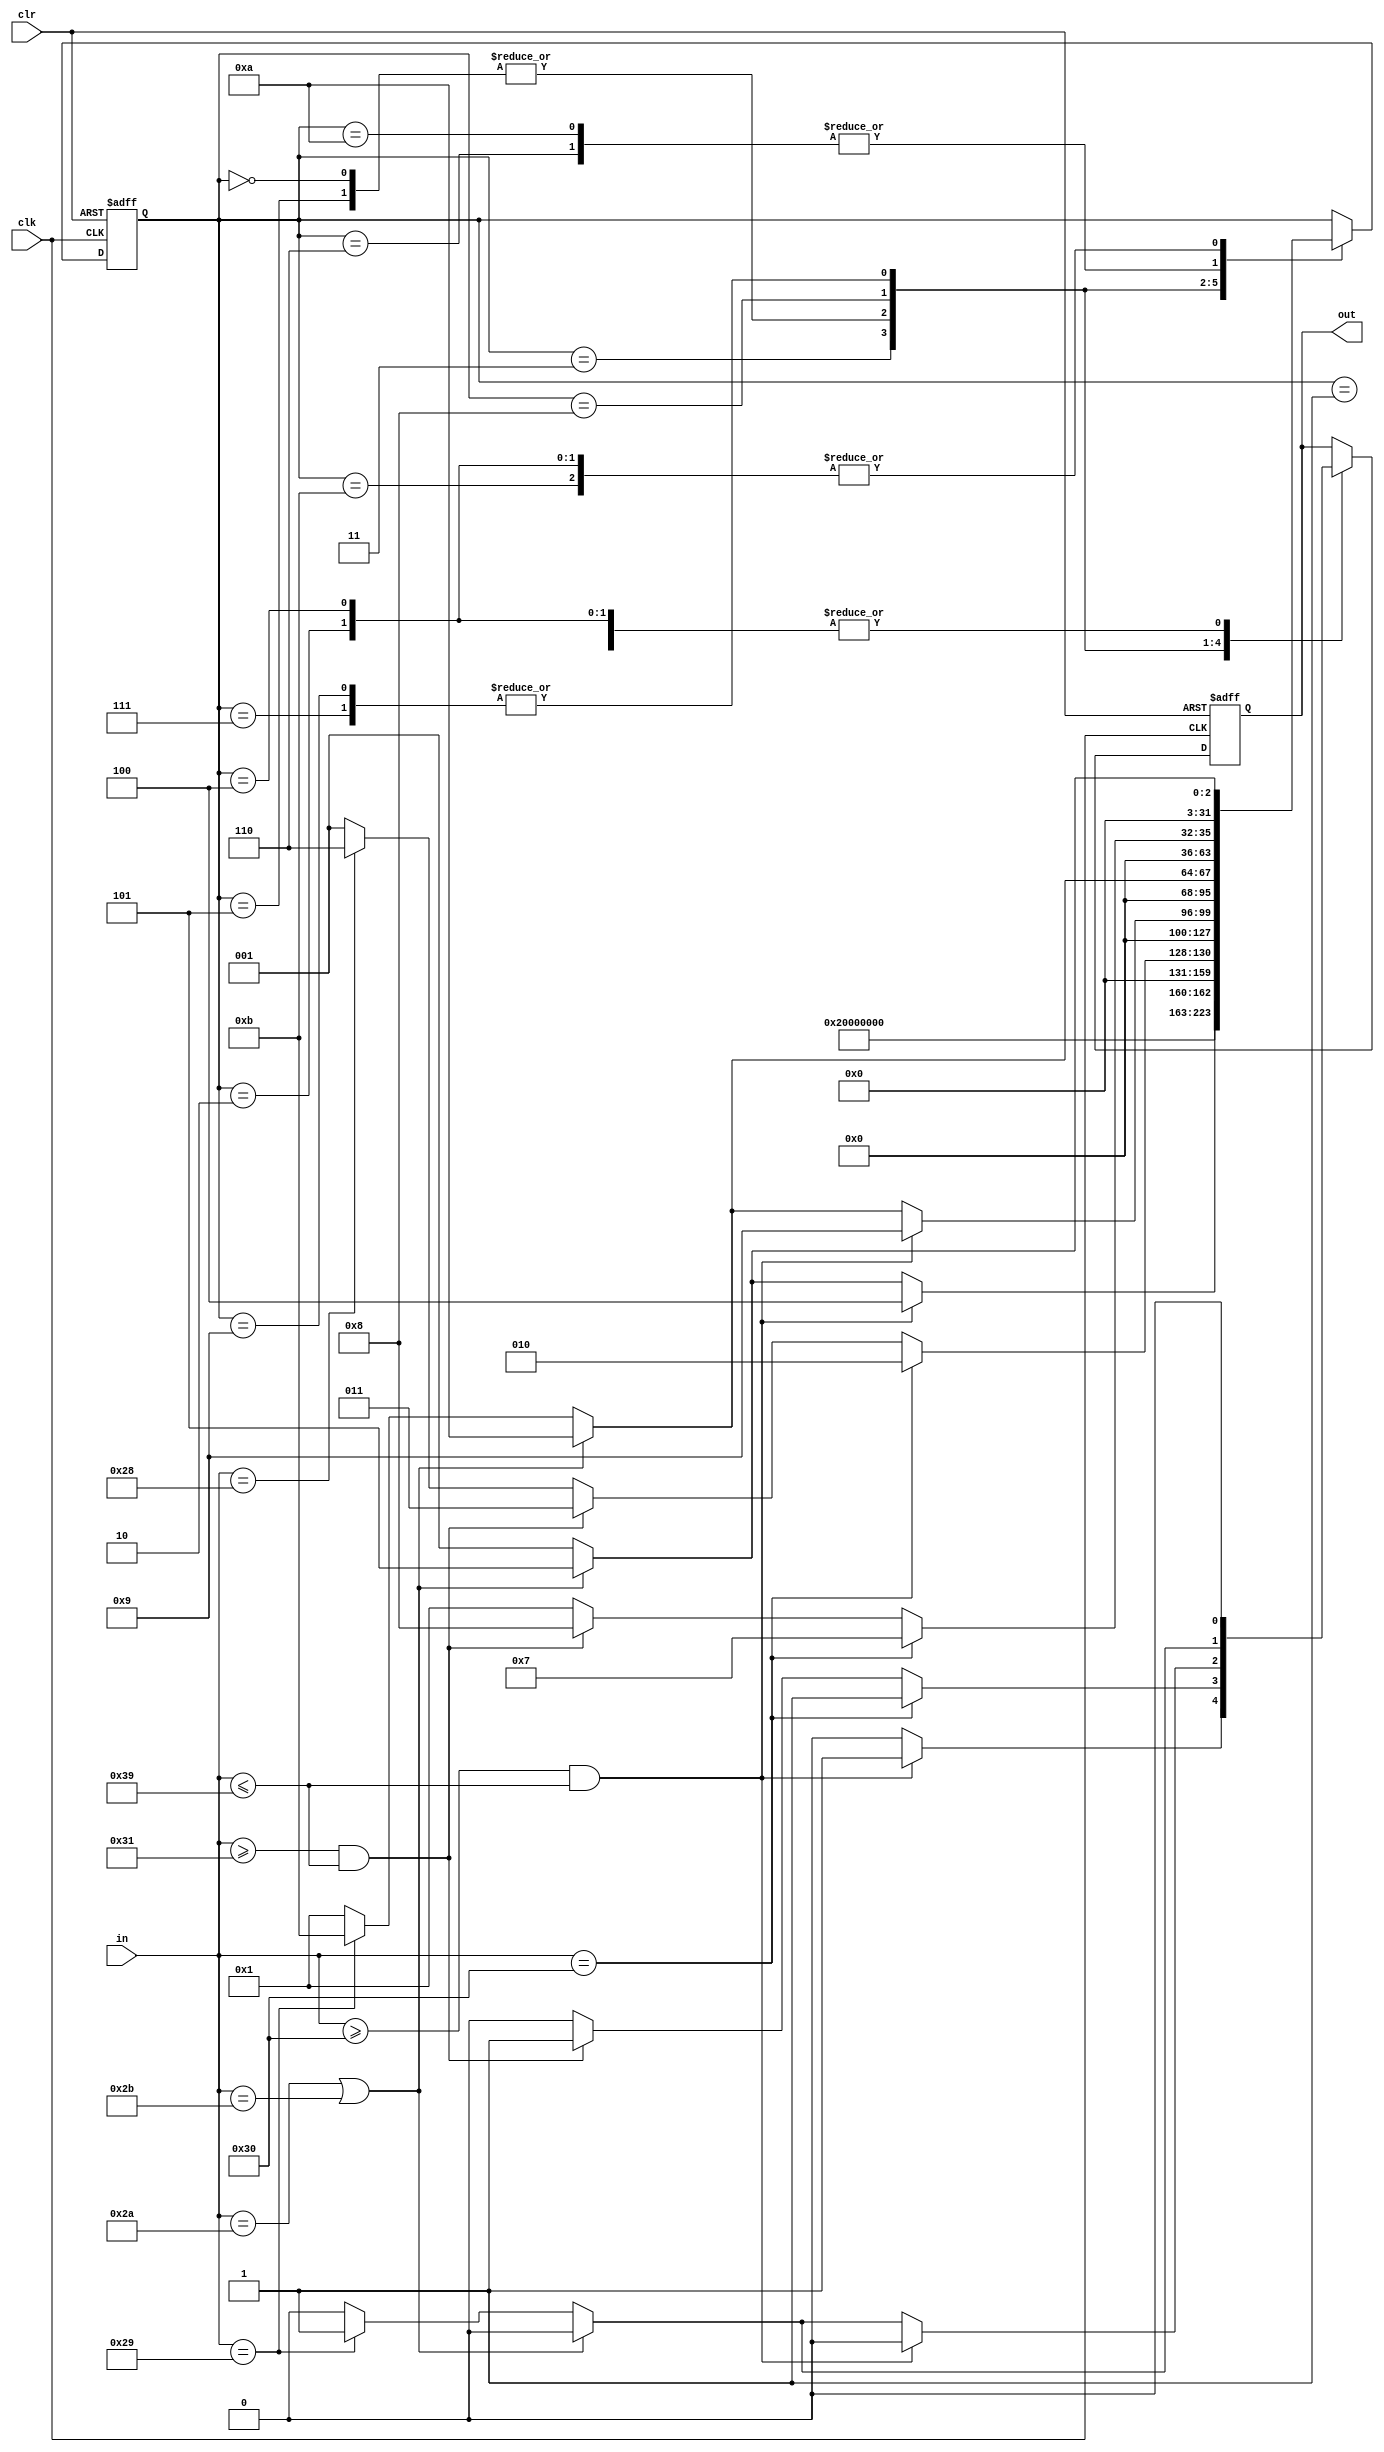
`timescale 1ns / 1ps
//////////////////////////////////////////////////////////////////////////////////
module string2(
    input clk,
    input clr,
    input [7:0] in,
    output out
    );
	 
	 integer state;
	 reg Out;
	 
	 initial 
	 begin
	    Out=0;
		 state=0;
	 end
	 
	 assign out=Out;
	 
	 always @(posedge clk or posedge clr)
	 begin
	    if(clr==1) 
		 begin 
		    state<=0;
			 Out<=0;
		 end
		 
		 else
		 begin
		    case(state)
			    0:
				    begin
					    if(in==48)
						 begin
						    state<=2;
							 Out<=1;
						 end
						 
						 else if(in>=49&&in<=57)
						 begin
						    state<=3;
							 Out<=1;
						 end
						 
						 else if(in==40)
						 begin
						    state<=6;
							 Out<=0;
						 end
						 
						 else
						 begin
						    state<=1;
							 Out<=0;
						 end
					 end
					 
		       1:
				    begin
					    state<=1;
						 Out<=0;
					 end
					 
				 2:
				    begin
					    if(in==42||in==43)
						 begin
						    state<=5;
							 Out<=0;
						 end
						 
						 else 
						 begin
						    state<=1;
							 Out<=0;
						 end
					 end
					 
			    3:
				    begin
					    if(in>=48&&in<=57)
						 begin
						    state<=4;
							 Out<=1;
						 end
						 
						 else if(in==42||in==43)
						 begin
						    state<=5;
							 Out<=0;
						 end
						 
						 else
						 begin
						    state<=1;
							 Out<=0;
						 end
					 end
					 
			    4:
				    begin
					    if(in==42||in==43)
						 begin
						    state<=5;
					       Out<=0;
						 end
					 
					    else
						 begin
						    state<=1;
							 Out<=0;
						 end
					 end
			    5:
				    begin
					    if(in==48)
						 begin
						    state<=2;
							 Out<=1;
						 end
						 
						 else if(in>=49&&in<=57)
						 begin
						    state<=3;
							 Out<=1;
						 end
						 
						 else if(in==40)
						 begin
						    state<=6;
							 Out<=0;
						 end
						 
					    else
						 begin
						    state<=1;
							 Out<=0;
						 end
					 end
					 
			    6:
				    begin
					    if(in==48)
						 begin
						    state<=7;
							 Out<=0;
						 end
						 
						 else if(in>=49&&in<=57)
						 begin
						    state<=8;
							 Out<=0;
						 end
					 
					    else
						 begin
						    state<=1;
							 Out<=0;
						 end
					 end
					 
		       7:
				    begin
					    if(in==42||in==43)
						 begin
						    state<=10;
							 Out<=0;
						 end
						 
						 else if(in==41)
						 begin
						    state<=11;
							 Out<=1;
						 end
						 
					    else
						 begin
						    state<=1;
							 Out<=0;
						 end
					 end
				
			    8:
				    begin
					    if(in>=48&&in<=57)
						 begin
						    state<=9;
							 Out<=0;
						 end
						 
						 else if(in==42||in==43)
						 begin
						    state<=10;
							 Out<=0;
						 end
						 
						 else if(in==41)
						 begin
						    state<=11;
							 Out<=1;
						 end
						 
					    else
						 begin
						    state<=1;
							 Out<=0;
						 end
					 end
					 
			    9:
				    begin
					    if(in==42||in==43)
						 begin
						    state<=10;
							 Out<=0;
						 end
						 
						 else if(in==41)
						 begin
						    state<=11;
							 Out<=1;
						 end
						 
					    else
						 begin
						    state<=1;
							 Out<=0;
						 end
					 end
					 
			    10:
				    begin
					    if(in==48)
						 begin
						    state<=7;
							 Out<=0;
						 end
						 
						 else if(in>=49&&in<=57)
						 begin
						    state<=8;
							 Out<=0;
						 end

					    else
						 begin
						    state<=1;
							 Out<=0;
						 end
					 end
					 
			    11:
				    begin
					    if(in==42||in==43)
						 begin
						    state<=5;
							 Out<=0;
						 end
					 
					    else
						 begin
						    state<=1;
							 Out<=0;
						 end
					 end
			 endcase
		 end
	 end


endmodule